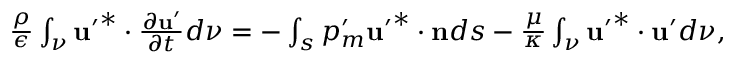
\begin{array} { r } { \frac { \rho } { \epsilon } \int _ { \nu } \mathbf { u ^ { \prime } } ^ { * } \cdot \frac { \partial \mathbf { u ^ { \prime } } } { \partial t } d \nu = - \int _ { s } p _ { m } ^ { \prime } \mathbf { u ^ { \prime } } ^ { * } \cdot \mathbf { n } d s - \frac { \mu } { \kappa } \int _ { \nu } \mathbf { u ^ { \prime } } ^ { * } \cdot \mathbf { u ^ { \prime } } d \nu , } \end{array}